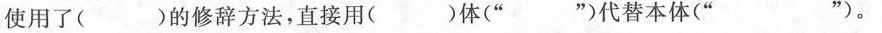
使用了( )的修辞方法，直接用( )体(” ”)代替本体(” ”)。